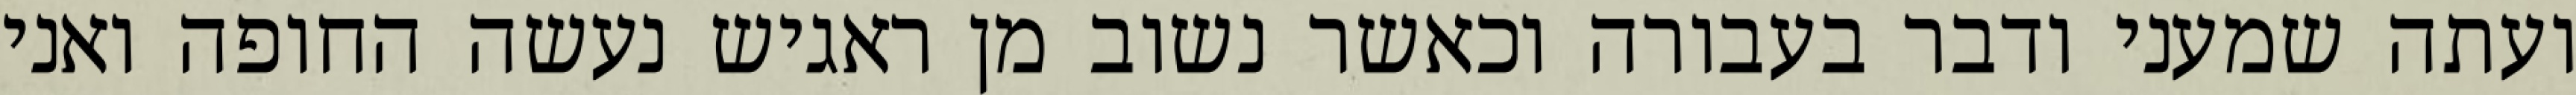
ועתה שמעני ודבר בעבורה וכאשר נשוב מן ראגיש נעשה החופה ואני